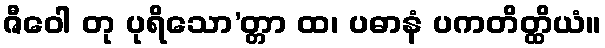
ဇီဝေါ တု ပုရိသော’တ္တာ ထ၊ ပဓာနံ ပကတိတ္ထိယံ။